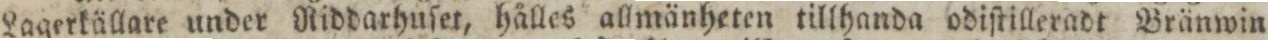
Lagerkällare under Riddarhuſet, hålles allmänheten tillhanda odiſtilleradt Bränwin